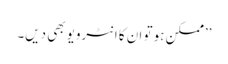
’’ممکن ہو تو ان کا انٹرویو بھی دیں۔